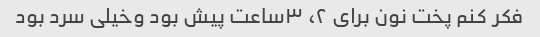
فکر کنم پخت نون براى ٢، ٣ساعت پیش بود وخیلى سرد بود